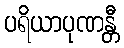
ပရိယာပုဏန္တီ